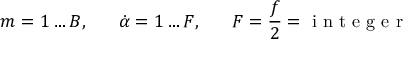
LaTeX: m = 1 \ldots B , \; \; \; \; \; \; \dot { \alpha } = 1 \ldots F , \; \; \; \; \; \; F = \frac { f } { 2 } = \textup { i n t e g e r }